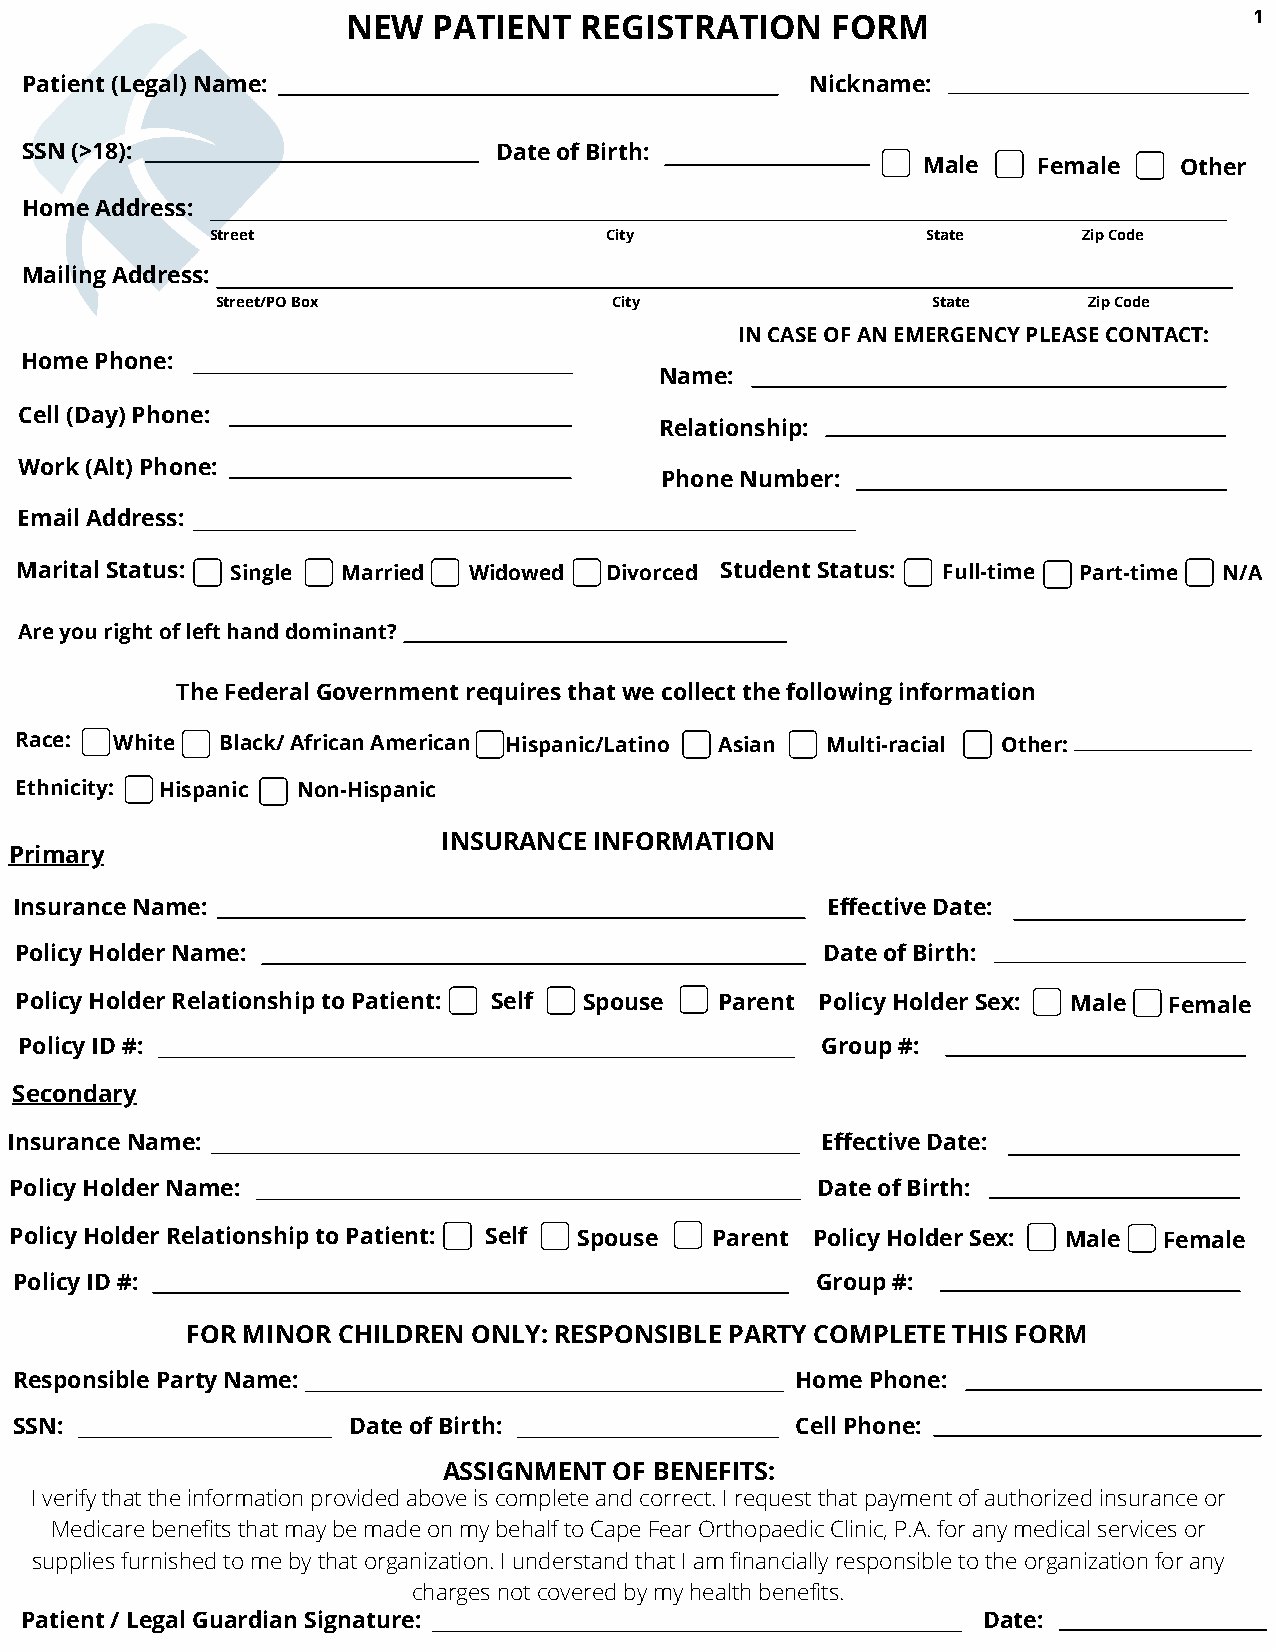
NEW   PATIENT  REGISTRATION     FORM                        1
 Patient (Legal) Name:                                Nickname:
 SSN (>18):                      Date of Birth:
 Male    Female   Other
 Home Address:
 Street                    City                 State      Zip Code
 Mailing Address:
 Street/PO Box             City                  State     Zip Code
 IN CASE OF AN EMERGENCY PLEASE CONTACT:
 Home Phone:
 Name:
 Cell (Day) Phone:
 Relationship:
 Work (Alt) Phone:
 Phone Number:
 Email Address:
 Marital Status: Single Married Widowed Divorced Student Status: Full-time Part-time N/A
 Are you right of left hand dominant?
 The Federal Government requires that we collect the following information
 Race:  White  Black/ African American Hispanic/Latino Asian Multi-racial Other:
 Ethnicity: Hispanic Non-Hispanic
 INSURANCE INFORMATION
 Primary
 Insurance Name:                                       Effective Date:
 Policy Holder Name:                                  Date of Birth:
 Policy Holder Relationship to Patient: Self Spouse Parent Policy Holder Sex: Male Female
 Policy ID #:                                         Group #:
 Secondary
 Insurance Name:                                       Effective Date:
 Policy Holder Name:                                  Date of Birth:
 Policy Holder Relationship to Patient: Self Spouse Parent Policy Holder Sex: Male Female
 Policy ID #:                                         Group #:
 FOR MINOR CHILDREN ONLY: RESPONSIBLE PARTY COMPLETE THIS FORM
 Responsible Party Name:                             Home Phone:
 SSN:                  Date of Birth:                Cell Phone:
 ASSIGNMENT  OF BENEFITS:
 I verify that the information provided above is complete and correct. I request that payment of authorized insurance or
 Medicare benefits that may be made on my behalf to Cape Fear Orthopaedic Clinic, P.A. for any medical services or
 supplies furnished to me by that organization. I understand that I am financially responsible to the organization for any
 charges not covered by my health benefits.
 Patient / Legal Guardian Signature:                             Date: